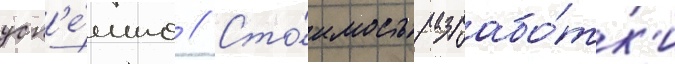
усп'е́шно // Сто́имость разрабо́тк'и